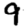
Digit: 9